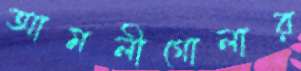
আমলীগোলার